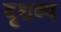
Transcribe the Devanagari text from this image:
दृशव्य